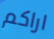
اراكم